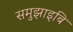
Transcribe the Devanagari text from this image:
समुझाइबि